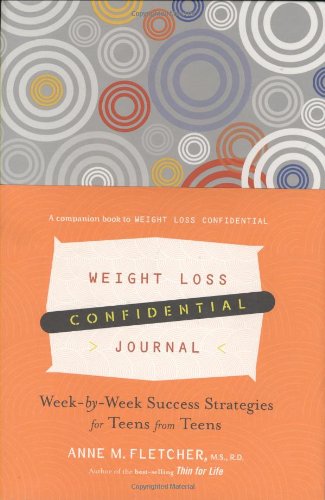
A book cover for Weight Loss Confidential Journal: Week-by-Week Success Strategies for Teens from Teens; Anne M. Fletcher M.S.  R.D.; Teen & Young Adult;